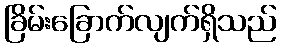
ခြိမ်းခြောက်လျက်ရှိသည်